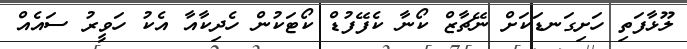
ލޫޅާފަތި ހަށިގަނޑަކަށް ނޭޗާޒް ކޯނާ ކެފޭފުޑް ކޯޓަކުން ހެދިކާއާ އެކު ހަވީރު ސައެއް